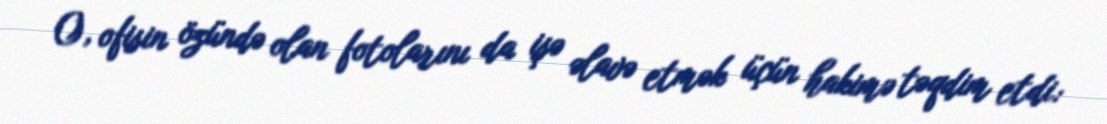
O, ofisin özündə olan fotolarını da işə əlavə etmək üçün hakimə təqdim etdi: